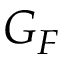
G _ { F }